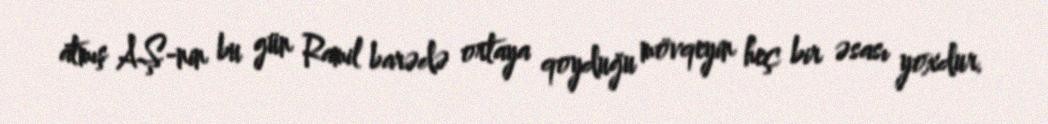
atmış AŞ-nin bu gün Ramil barədə ortaya qoyduğu mövqeyin heç bir əsası yoxdur.